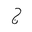
Letter: _gim